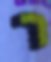
ר